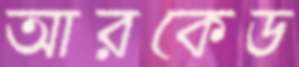
আরকেড